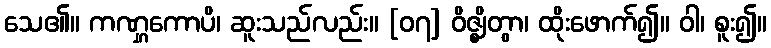
သေ၏။ ကဏ္ဋကောပိ၊ ဆူးသည်လည်း။ [၀၇] ဝိဇ္ဈိတွာ၊ ထိုးဖောက်၍။ ဝါ၊ စူး၍။